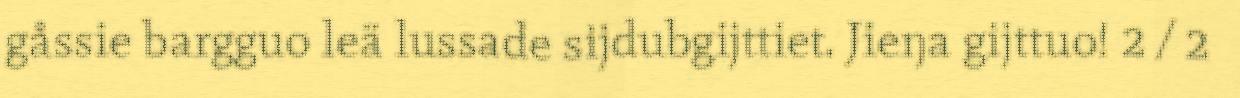
gåssie bargguo leä lussade sijdubgijttiet. Jieŋa gijttuo! 2 / 2